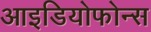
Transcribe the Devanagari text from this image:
आइडियोफोन्स